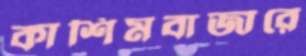
কাশিমবাজারে